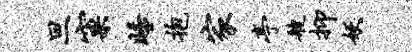
旦窠睡抱家亭艘抑妖